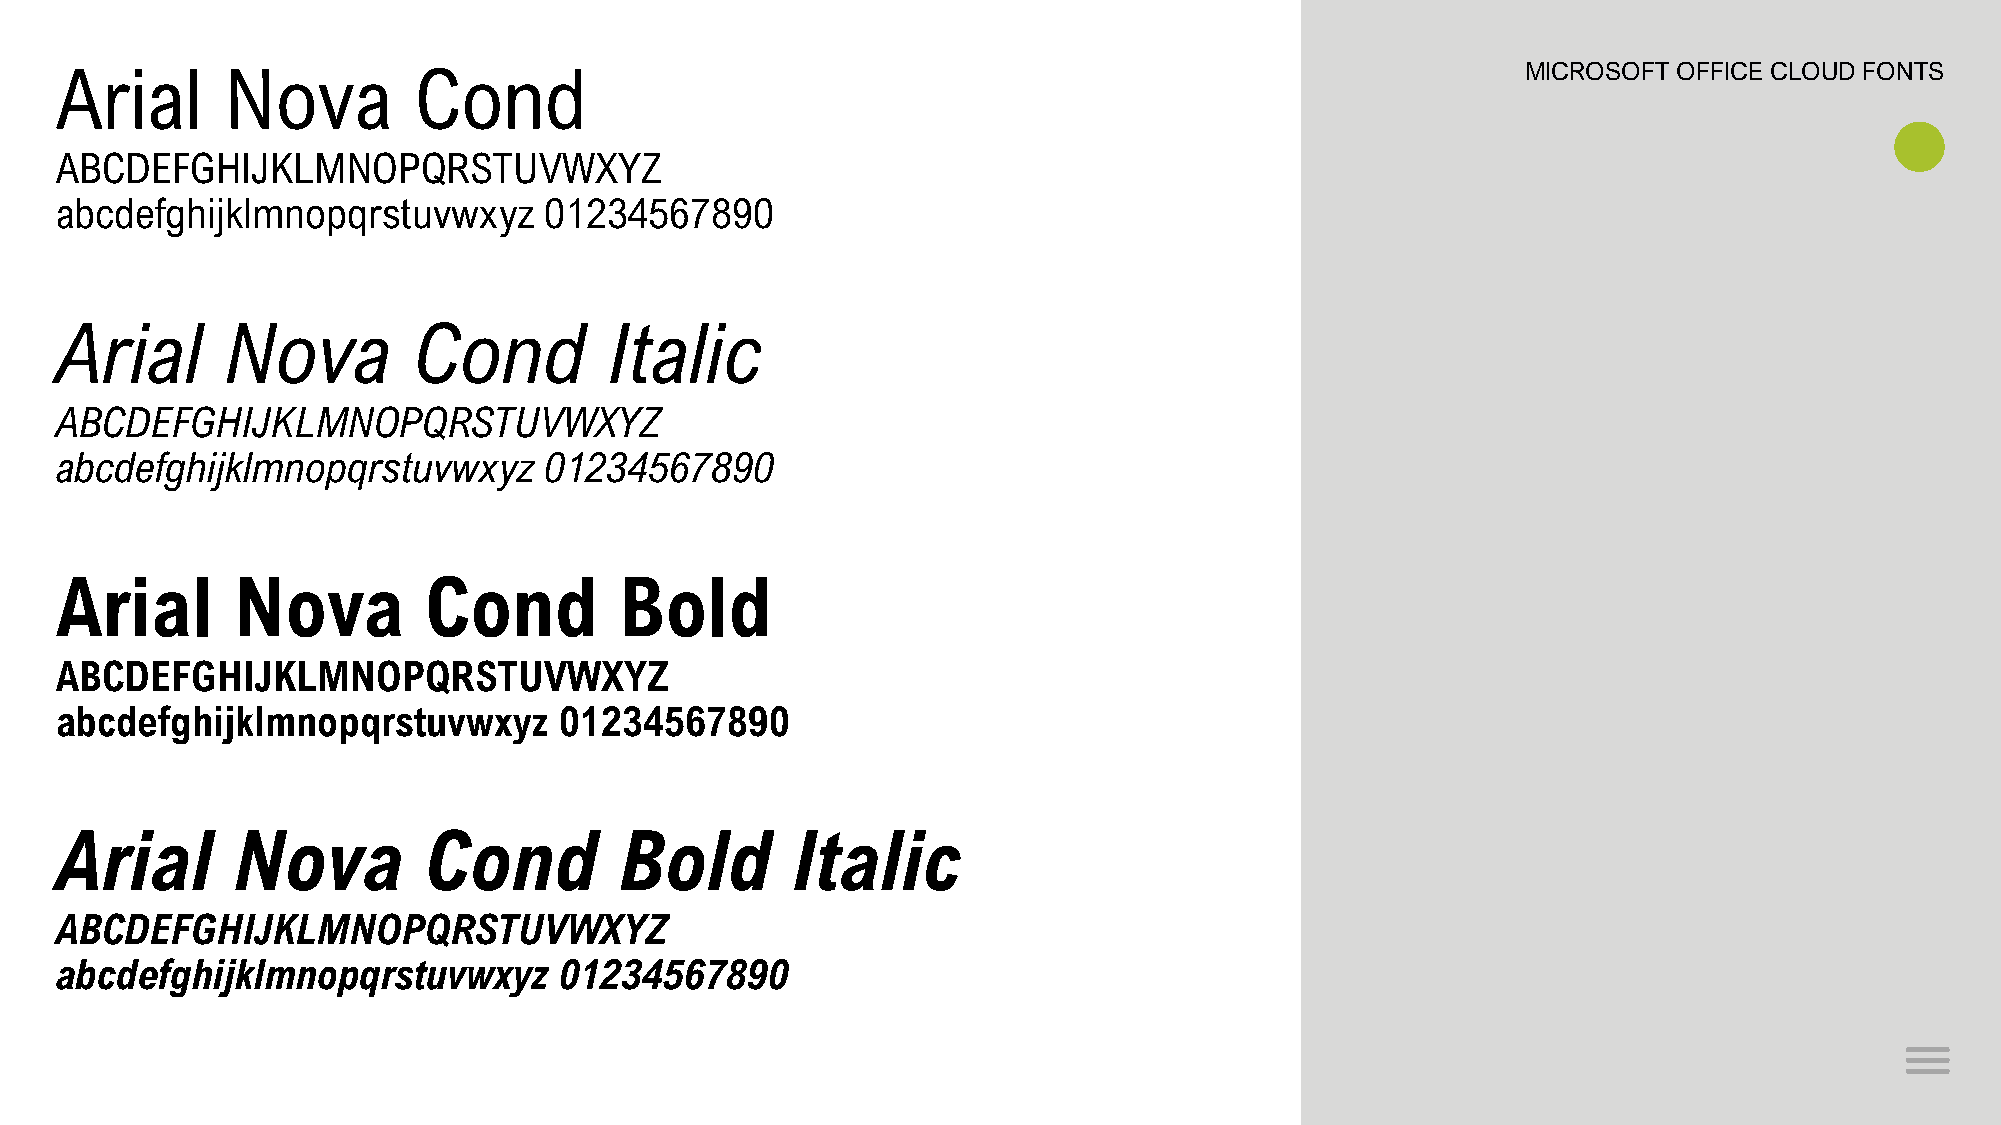
Arial      Nova        Cond                                                                      MICROSOFT OFFICE CLOUD FONTS
 ABCDEFGHIJKLMNOPQRSTUVWXYZ
 abcdefghijklmnopqrstuvwxyz      01234567890
 Arial      Nova        Cond         Italic
 ABCDEFGHIJKLMNOPQRSTUVWXYZ
 abcdefghijklmnopqrstuvwxyz      01234567890
 Arial      Nova         Cond         Bold
 ABCDEFGHIJKLMNOPQRSTUVWXYZ
 abcdefghijklmnopqrstuvwxyz       01234567890
 Arial      Nova         Cond         Bold       Italic
 ABCDEFGHIJKLMNOPQRSTUVWXYZ
 abcdefghijklmnopqrstuvwxyz       01234567890